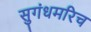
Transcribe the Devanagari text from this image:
सुगंधमरिच